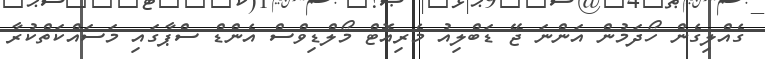
ގެއްލިގެން ހޯދަމުން އަންނަ ޖޭ ޑަބްލިއު މެރިއޮޓް މޯލްޑިވްސް އެންޑް ސްޕާގައި މަސައްކަތްކުރާ